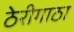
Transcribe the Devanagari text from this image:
ठेरीगाठा